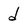
Character: d